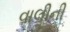
વાલીની